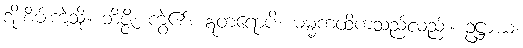
အိုးစိမ်းကဲ့သို့။ ဘိဇ္ဇိ၊ ကွဲ၏။ ဣတရောပိ၊ ဓမ္မကထိကသည်လည်း။ ဥဋ္ဌာယ၊